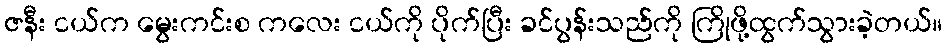
ဇနီး ငယ်က မွေးကင်းစ ကလေး ငယ်ကို ပိုက်ပြီး ခင်ပွန်းသည်ကို ကြိုဖို့ထွက်သွားခဲ့တယ်။